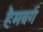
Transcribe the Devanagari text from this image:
हैमवर्ग